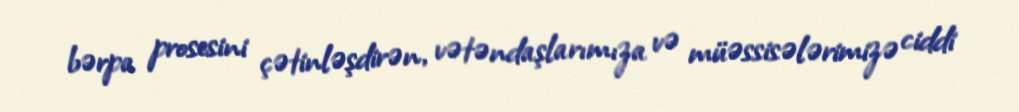
bərpa prosesini çətinləşdirən, vətəndaşlarımıza və müəssisələrimizə ciddi